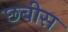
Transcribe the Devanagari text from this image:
छबीस